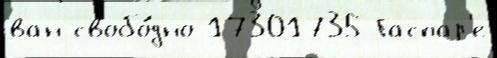
ван свобо́дно 17301735 Гаспар'е